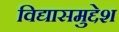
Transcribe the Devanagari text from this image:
विद्यासमुद्देश